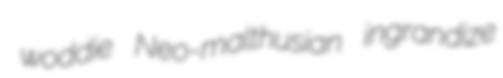
woddie Neo-malthusian ingrandize